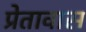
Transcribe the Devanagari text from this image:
प्रेतावास